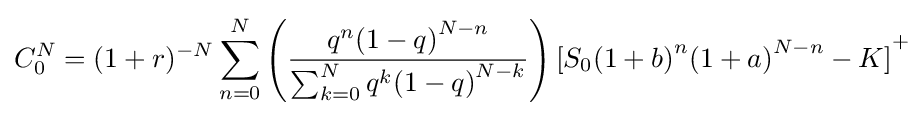
C_{0}^{N}=(1+r)^{-N}\sum _{n=0}^{N}\left({\frac {q^{n}{(1-q)}^{N-n}}{\sum _{k=0}^{N}q^{k}{(1-q)}^{N-k}}}\right){[S_{0}{(1+b)}^{n}{(1+a)}^{N-n}-K]}^{+}